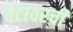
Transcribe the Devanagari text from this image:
बेटांवरची